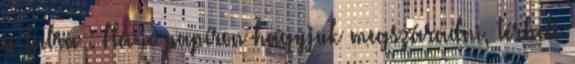
a falra : Ha a papíron hagyjuk megszáradni, térbeli